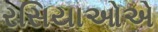
રસિયાઓએ